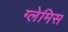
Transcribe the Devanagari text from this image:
ग्लेमिस